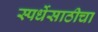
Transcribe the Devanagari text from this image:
स्पर्धेसाठीचा